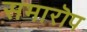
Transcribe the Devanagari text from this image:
समारॊप